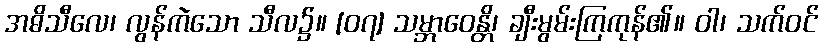
အဓိသီလေ၊ လွန်ကဲသော သီလ၌။ [၀၇] သမ္ဘာဝေန္တိ၊ ချီးမွမ်းကြကုန်၏။ ဝါ၊ သက်ဝင်